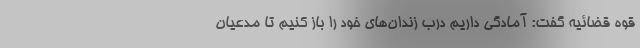
قوه قضائیه گفت: آمادگی داریم درب زندان‌های خود را باز کنیم تا مدعیان